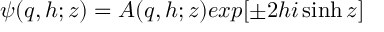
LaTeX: \psi ( q , h ; z ) = A ( q , h ; z ) e x p [ \pm 2 h i \sinh z ]